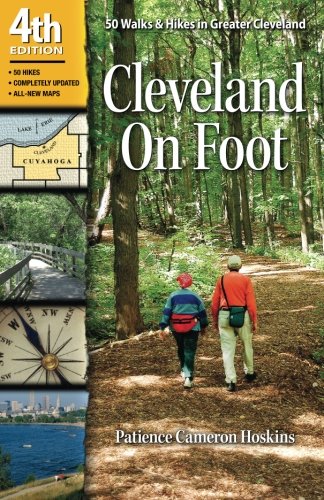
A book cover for Cleveland On Foot 4th Edition: 50 Walks and Hikes in Greater Cleveland; Patience Hoskins; Travel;